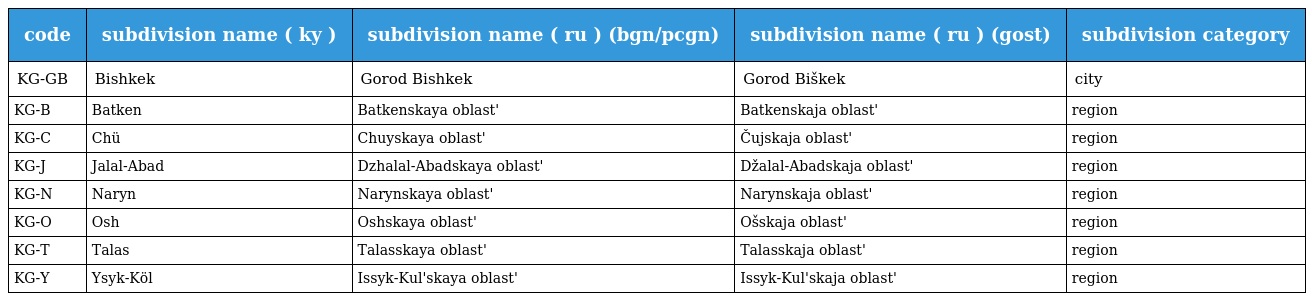
| code | subdivision name ( ky ) | subdivision name ( ru ) (bgn/pcgn) | subdivision name ( ru ) (gost) | subdivision category |
 | --- | --- | --- | --- | --- |
 | KG-GB | Bishkek | Gorod Bishkek | Gorod Biškek | city |
 | KG-B | Batken | Batkenskaya oblast' | Batkenskaja oblast' | region |
 | KG-C | Chü | Chuyskaya oblast' | Čujskaja oblast' | region |
 | KG-J | Jalal-Abad | Dzhalal-Abadskaya oblast' | Džalal-Abadskaja oblast' | region |
 | KG-N | Naryn | Narynskaya oblast' | Narynskaja oblast' | region |
 | KG-O | Osh | Oshskaya oblast' | Ošskaja oblast' | region |
 | KG-T | Talas | Talasskaya oblast' | Talasskaja oblast' | region |
 | KG-Y | Ysyk-Köl | Issyk-Kul'skaya oblast' | Issyk-Kul'skaja oblast' | region |